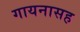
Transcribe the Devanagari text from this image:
गायनासह